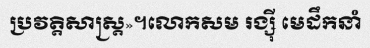
ប្រវត្តិសាស្ត្រ»។លោកសម រង្ស៊ី មេដឹកនាំ